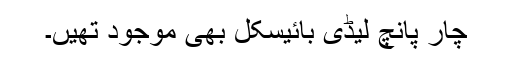
چار پانچ لیڈی بائیسکل بھی موجود تھیں۔